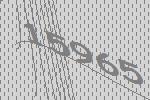
15965